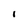
Character: I